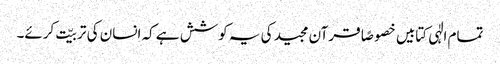
تمام الٰہی کتابیں خصوصًا قرآن مجید کی یہ کوشش ہے کہ انسان کی تربیّت کرئے۔